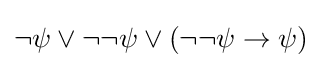
\neg \psi \lor \neg \neg \psi \lor (\neg \neg \psi \to \psi )